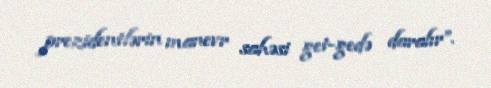
prezidentlərin manevr sahəsi get-gedə daralır”.